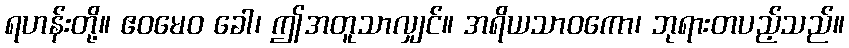
ရဟန်းတို့။ ဧဝမေဝ ခေါ၊ ဤအတူသာလျှင်။ အရိယသာဝကော၊ ဘုရားတပည့်သည်။